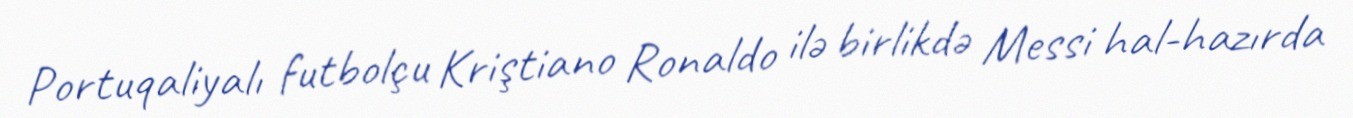
Portuqaliyalı futbolçu Kriştiano Ronaldo ilə birlikdə Messi hal-hazırda